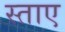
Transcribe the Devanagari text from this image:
स्ताए